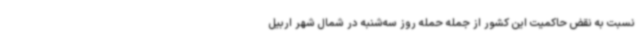
نسبت به نقض حاکمیت این کشور از جمله حمله روز سه‌شنبه در شمال شهر اربیل